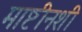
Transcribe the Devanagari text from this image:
माष्टीनशी